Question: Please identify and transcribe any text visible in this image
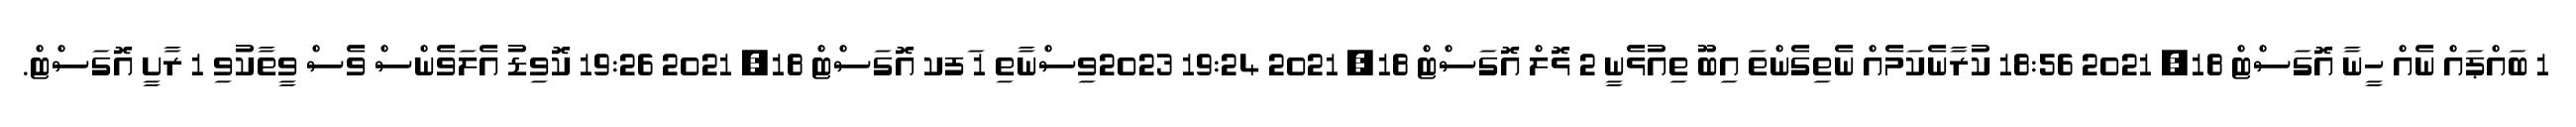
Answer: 1 ބައްޕައް ނެއް ހީނާ އޮގަސްޓް 18, 2021 18:56 ކުރާނެކަމެއް ނެތިގެންތަ އިބޫ ތިއުޅެނީ 2 ޅޮލް އޮގަސްޓް 18, 2021 19:24 2023ވިސްނާތި 1 ަފކ އޮގަސްޓް 18, 2021 19:26 ކޮވިޑު އެލަވެންސް ވެސް ވީތާކުވި 1 ރާށީ އޮގަސްޓް.